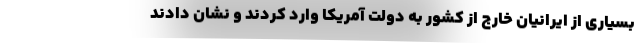
بسیاری از ایرانیان خارج از کشور به دولت آمریکا وارد کردند و نشان دادند